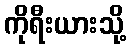
ကိုရီးယားသို့